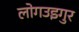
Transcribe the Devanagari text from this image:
लोगउइगुर